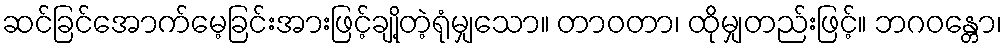
ဆင်ခြင်အောက်မေ့ခြင်းအားဖြင့်ချို့တဲ့ရုံမျှသော။ တာဝတာ၊ ထိုမျှတည်းဖြင့်။ ဘဂဝန္တော၊